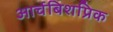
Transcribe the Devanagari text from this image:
आर्चबिशप्रिक